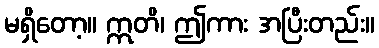
မရှိတော့။ ဣတိ၊ ဤကား အပြီးတည်း။